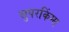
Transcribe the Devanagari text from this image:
सुपरकिंग्स